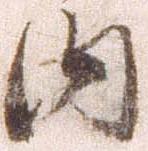
内